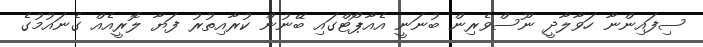
ސިފައިންނާ ހަވާލާދީ ނޫސްވެރިން ބުނަނީ އެއާޕޯޓްގައި ބޭނުން ކުރާއިތުރު ފަޔާ ލޮރީއެއް ގެނައުމުގެ